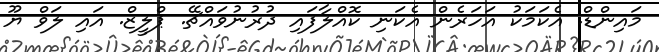
މައިންޑް. އެކަމަކު އަހަރެން އެކަނި ކޮއްލާފައި ދުރުނުވައްޗޭ. ޕްލީޒް. އައި ލަވް ޔޫ